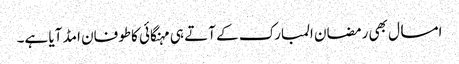
امسال بھی رمضان المبارک کے آتے ہی مہنگائی کاطوفان امڈ آیا ہے۔